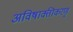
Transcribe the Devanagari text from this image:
अविषाक्तीकरणृ